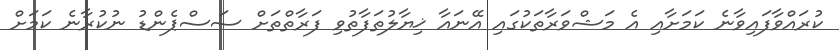
ކުރައްވާފައިވާނެ ކަމަށާއި އެ މަޝްވަރާތަކުގައި އޭނައާ ޚިޔާލުތަފާތުވި ފަރާތްތަށް ސަސްޕެންޑު ނުކުރާނެ ކަމަށް